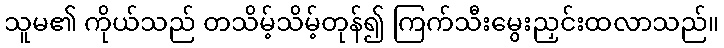
သူမ၏ ကိုယ်သည် တသိမ့်သိမ့်တုန်၍ ကြက်သီးမွေးညှင်းထလာသည်။